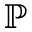
\mathbb { P }